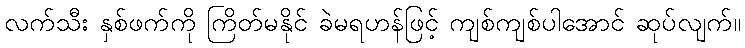
လက်သီး နှစ်ဖက်ကို ကြိတ်မနိုင် ခဲမရဟန်ဖြင့် ကျစ်ကျစ်ပါအောင် ဆုပ်လျက်။